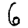
Digit: 6